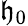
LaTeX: \mathfrak{h}_{0}